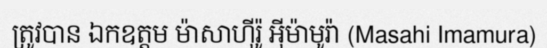
ត្រូវបាន ឯកឧត្តម ម៉ាសាហ៊ីរ៉ូ អ៊ីម៉ាមូរ៉ា (Masahi Imamura)